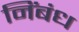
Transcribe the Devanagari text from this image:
निंबंध